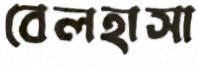
বেলহাসা